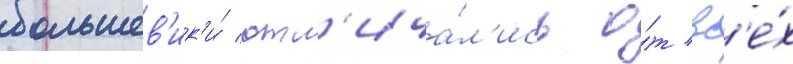
большев'ик'и́ отл'ича́л'ись о́т вс'е́х